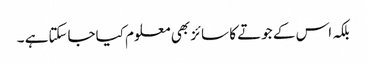
بلکہ اس کے جوتے کا سائز بھی معلوم کیاجاسکتاہے ۔